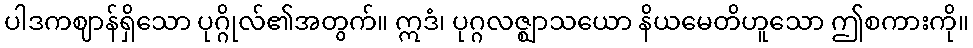
ပါဒကဈာန်ရှိသော ပုဂ္ဂိုလ်၏အတွက်။ ဣဒံ၊ ပုဂ္ဂလဇ္ဈာသယော နိယမေတိဟူသော ဤစကားကို။